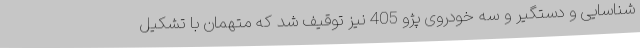
شناسایی و دستگیر و سه خودروی پژو 405 نیز توقیف شد که متهمان با تشکیل